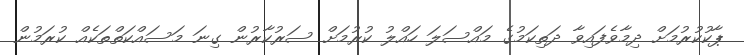
ޕާކުކުރުމަށް ދިމާވެފައިވާ ދަތިކަމުގެ މައްސަލަ ހައްލު ކުރުމަށް ސަރުކާރުން ގިނަ މަސައްކަތްތަކެއް ކުރަމުން